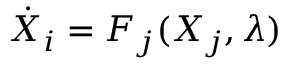
\dot { X } _ { i } = F _ { j } ( X _ { j } , \lambda )